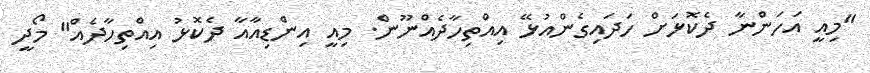
"މިއީ އަހަންނާ ދެކޮޅަށް ހަދައިގެންއުޅޭ އިއްތިހާދެއްނޫން. މިއީ އިންޑިއާއާ ދެކޮޅު އިއްތިހާދެއް" މޯދީ